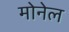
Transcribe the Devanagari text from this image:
मोनेल